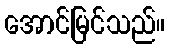
အောင်မြင်သည်။